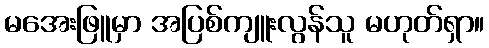
မအေးဖြူမှာ အပြစ်ကျူးလွန်သူ မဟုတ်ရှာ။